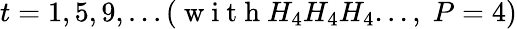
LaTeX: t=1,5,9,...(\mathrm{~w~i~t~h~}H_{4}H_{4}H_{4}...,\; P=4)